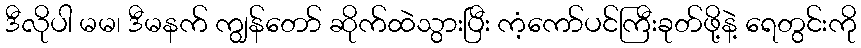
ဒီလိုပါ မမ၊ ဒီမနက် ကျွန်တော် ဆိုက်ထဲသွားပြီး ကံ့ကော်ပင်ကြီးခုတ်ဖို့နဲ့ ရေတွင်းကို